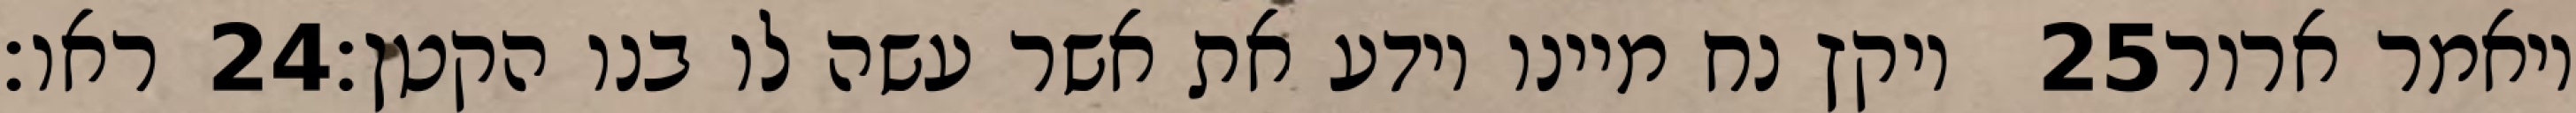
ראו׃ ‎24‏ ויקץ נח מיינו וידע את אשר עשה לו בנו הקטן׃ ‎25‏ ויאמר ארור